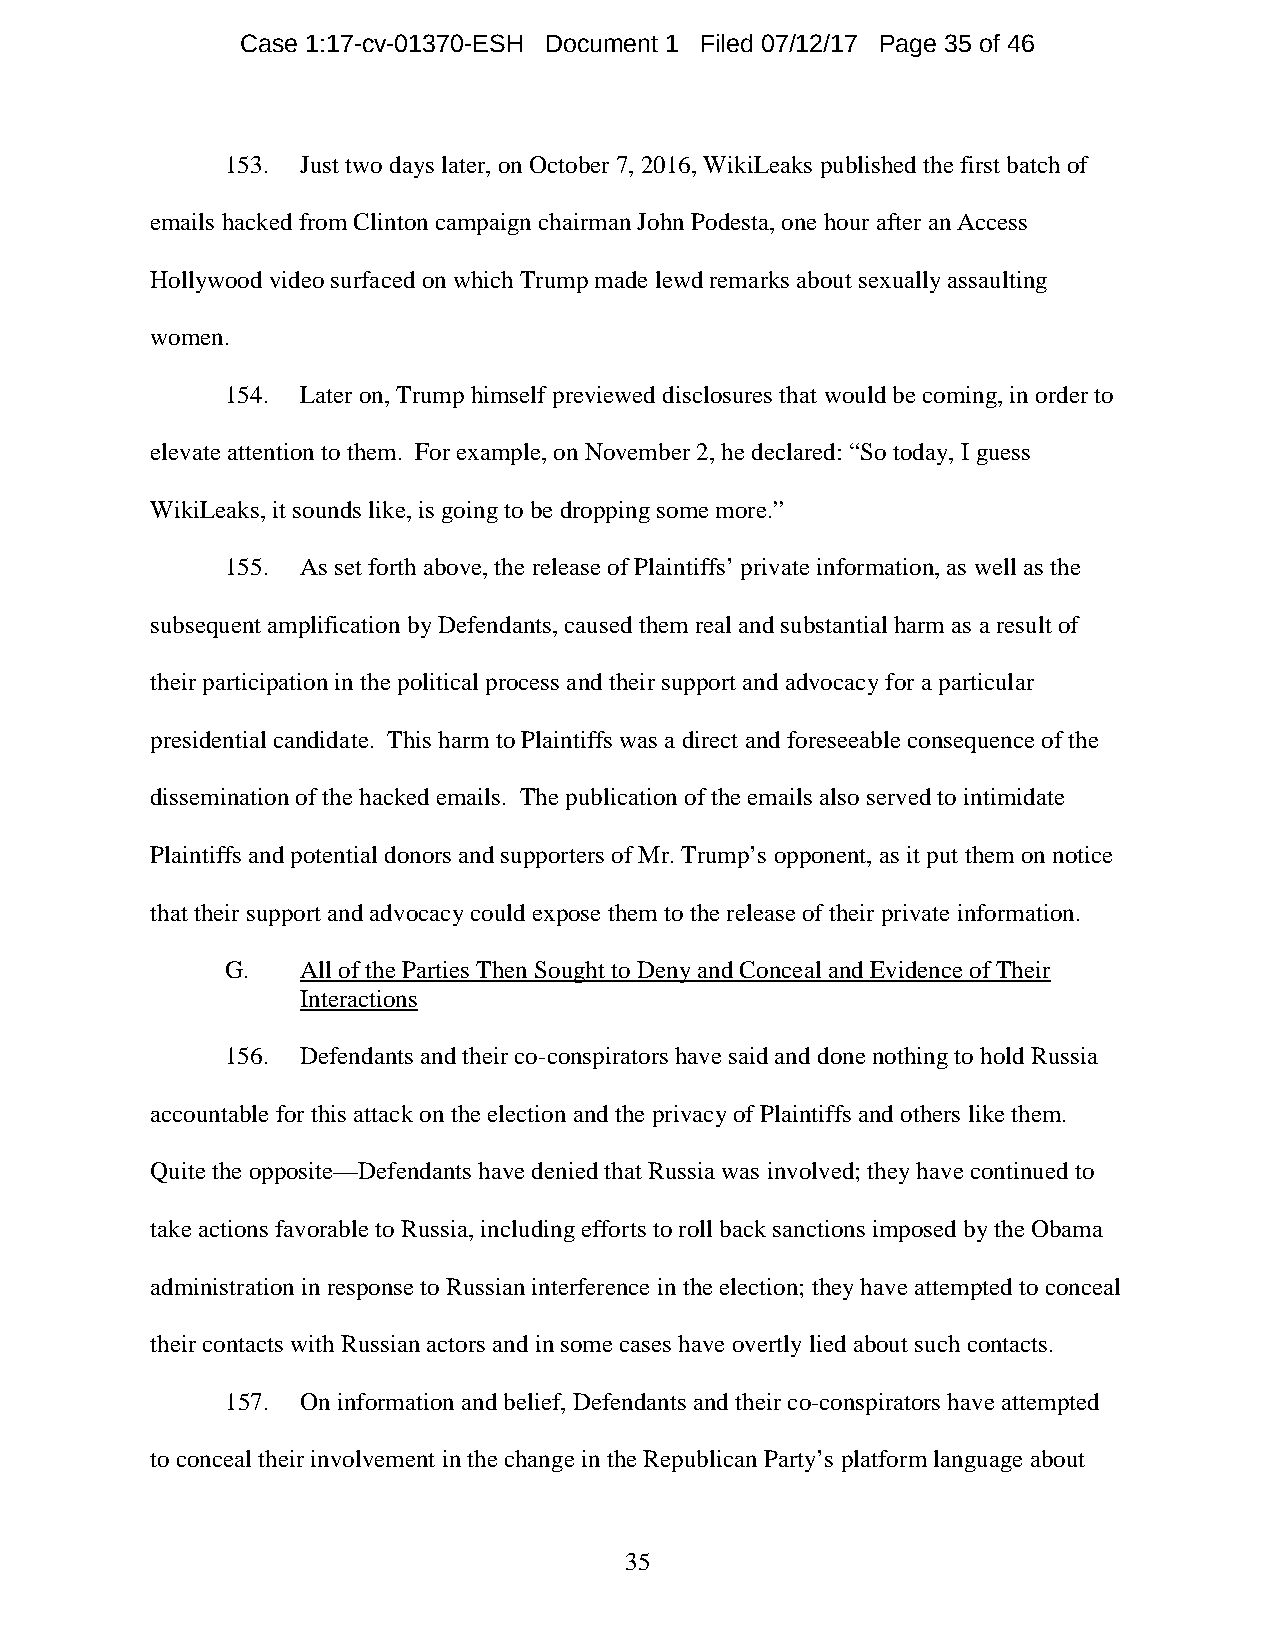
Case 1:17-cv-01370-ESH Document 1 Filed 07/12/17 Page 35 of 46
 153. Just two days later, on October 7, 2016, WikiLeaks published the first batch of
 emails hacked from Clinton campaign chairman John Podesta, one hour after an Access
 Hollywood video surfaced on which Trump made lewd remarks about sexually assaulting
 women.
 154. Later on, Trump himself previewed disclosures that would be coming, in order to
 elevate attention to them. For example, on November 2, he declared: “So today, I guess
 WikiLeaks, it sounds like, is going to be dropping some more.”
 155. As set forth above, the release of Plaintiffs’ private information, as well as the
 subsequent amplification by Defendants, caused them real and substantial harm as a result of
 their participation in the political process and their support and advocacy for a particular
 presidential candidate. This harm to Plaintiffs was a direct and foreseeable consequence of the
 dissemination of the hacked emails. The publication of the emails also served to intimidate
 Plaintiffs and potential donors and supporters of Mr. Trump’s opponent, as it put them on notice
 that their support and advocacy could expose them to the release of their private information.
 G.   All of the Parties Then Sought to Deny and Conceal and Evidence of Their
 Interactions
 156. Defendants and their co-conspirators have said and done nothing to hold Russia
 accountable for this attack on the election and the privacy of Plaintiffs and others like them.
 Quite the opposite—Defendants have denied that Russia was involved; they have continued to
 take actions favorable to Russia, including efforts to roll back sanctions imposed by the Obama
 administration in response to Russian interference in the election; they have attempted to conceal
 their contacts with Russian actors and in some cases have overtly lied about such contacts.
 157. On information and belief, Defendants and their co-conspirators have attempted
 to conceal their involvement in the change in the Republican Party’s platform language about
 35